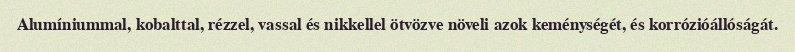
Alumíniummal, kobalttal, rézzel, vassal és nikkellel ötvözve növeli azok keménységét, és korrózióállóságát.